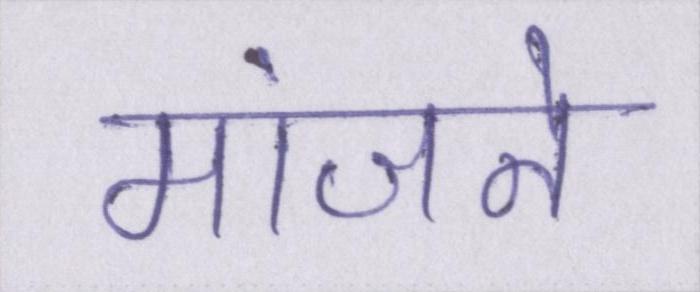
मांजने